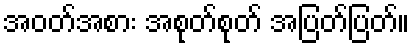
အဝတ်အစား အစုတ်စုတ် အပြတ်ပြတ်။